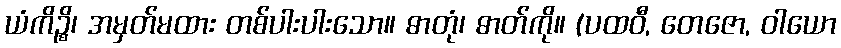
ယံကိဉ္စိ၊ အမှတ်မထား တစ်ပါးပါးသော။ ဓာတုံ၊ ဓာတ်ကို။ (ပထဝီ, တေဇော, ဝါယော